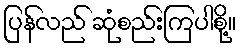
ပြန်လည် ဆုံစည်းကြပါစို့။